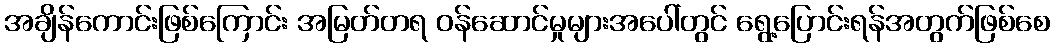
အချိန်ကောင်းဖြစ်ကြောင်း အမြတ်တရ ဝန်ဆောင်မှုများအပေါ်တွင် ရွေ့ပြောင်းရန်အတွက်ဖြစ်စေ